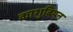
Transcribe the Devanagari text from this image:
काशुबियन